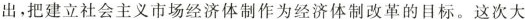
出，把建立社会主义市场经济体制作为经济体制改革的目标。这次大